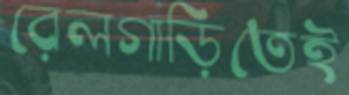
রেলগাড়িতেই